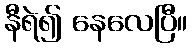
နီရဲ၍ နေလေပြီ။